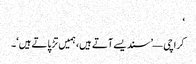
‘
کراچی — ’سندیسے آتے ہیں، ہمیں تڑپاتے ہیں‘۔